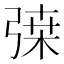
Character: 𢐇